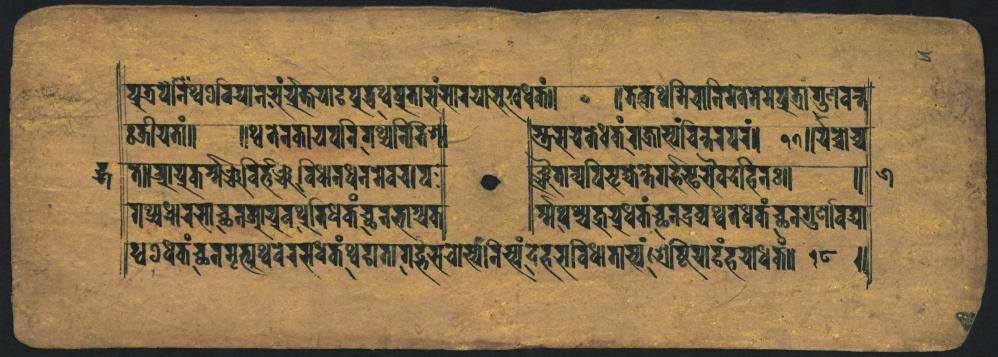
𑐥𑐸𑐟𑑂𑐬𑐥𑑀𑐣𑐶𑐲𑑂𑐰𑐢𑐬𑐶𑐫𑐵𑐣𑐳𑑄𑐫𑐸𑐖𑑂𑐟𑐫𑐵𑑅𑐥𑐸𑐟𑐸𑐥𑑂𑐫𑐥𑑂𑐬𑐟𑐵𑐳𑑄𑐳𑐵𑐩𑐫𑐵𑐨𑐸𑐺𑑄𑐠𑑄𑐟𑑄𑑌 𑐖𑐶𑐫𑐟𑐵𑑄𑑌 𑐟𑐵𑑂𑐬𑐵𑐥𑑂𑐎𑑂𑐲𑐶𑐖𑑂𑐫𑐰𑐬𑑂𑐨𑐘𑑂𑐔𑐰𑐶𑐢𑐵𑐣𑐠𑐣𑐩𑐾𑐰𑐫𑐵𑐰 𑐐𑐥𑑂𑐫𑐢𑐵𑐬𑐳𑐵𑐔𑐕𑐣𑐁𑐥𑐫𑑂𑐬𑐰𑐢𑐶𑐢𑐶𑐎𑐔𑑂𑐕𑐬𑐨𑐵𑐐𑐥𑑂𑐬𑐟 𑐠𑐠𑐫𑐾𑐎𑑄𑐔𑐕𑐩𑐺𑐟𑑂𑐫𑐠𑑂𑐰𑐾𑐳𑐰𑐾𑐎𑐟𑑄𑐠𑑂𑐰𑐫𑐟𑐵𑐐𑐖𑑂𑐴𑐳𑐔𑐵𑐳𑑂𑐫𑑄𑐣𑐶𑐲𑑂𑐫𑑄𑐡𑐴𑐳𑐰𑐶𑐢𑐵𑐟𑐵𑐳𑑂𑐫𑑄𑑂𑐾𑐲𑑂𑐚𑐶𑐫𑐵𑐡𑑄𑐴𑐫𑐵𑐢𑐟𑑄𑑌